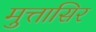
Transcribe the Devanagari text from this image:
मुत्तासिर